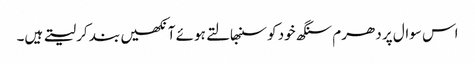
اس سوال پر دھرم سنگھ خود کو سنبھالتے ہوئے آنکھیں بند کر لیتے ہیں۔